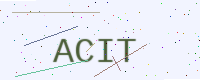
Text: ACIT